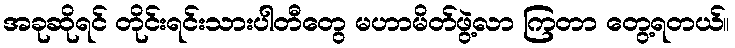
အခုဆိုရင် တိုင်းရင်းသားပါတီတွေ မဟာမိတ်ဖွဲ့လာ ကြတာ တွေ့ရတယ်။